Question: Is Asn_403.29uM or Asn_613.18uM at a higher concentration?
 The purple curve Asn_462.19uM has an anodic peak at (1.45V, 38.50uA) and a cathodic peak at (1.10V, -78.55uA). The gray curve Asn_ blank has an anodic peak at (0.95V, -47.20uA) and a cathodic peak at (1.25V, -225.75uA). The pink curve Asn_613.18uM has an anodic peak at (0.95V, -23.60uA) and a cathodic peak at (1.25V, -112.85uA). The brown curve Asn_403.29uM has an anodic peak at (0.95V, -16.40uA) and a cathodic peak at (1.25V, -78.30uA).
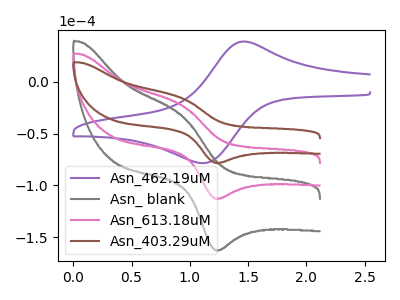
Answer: <think>All the peaks in "Asn_403.29uM" have a peak in "Asn_613.18uM" at the same potential.
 </think>
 <answer>I cant tell if "Asn_403.29uM" or "Asn_613.18uM" has higher concentration.</answer>
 <eval>mixed_concentration</eval>